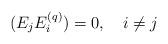
LaTeX: \begin{align*}(E_{j}E_{i}^{(q)})=0,\quad i\neq j\end{align*}